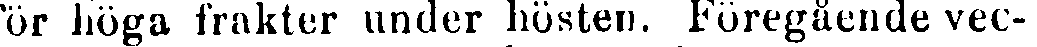
för höga frakter under hösten. Föregående vec-